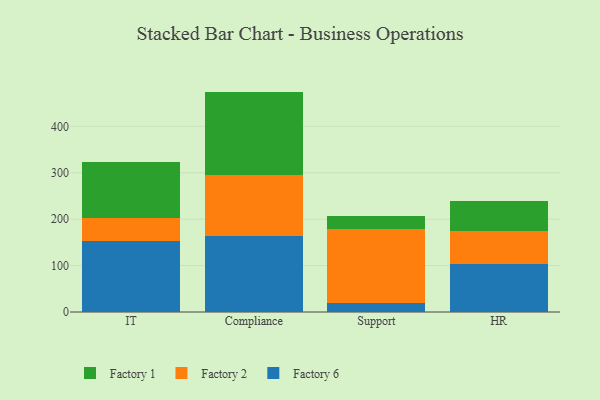
{"axis": {"x": "Department", "y": "Market Share (%)"}, "legend": ["Factory 1", "Factory 2", "Factory 6"], "data": [{"x": "IT", "y": 153.0, "type": "Factory 6"}, {"x": "IT", "y": 49.3, "type": "Factory 2"}, {"x": "IT", "y": 121.8, "type": "Factory 1"}, {"x": "Compliance", "y": 163.1, "type": "Factory 6"}, {"x": "Compliance", "y": 132.3, "type": "Factory 2"}, {"x": "Compliance", "y": 179.4, "type": "Factory 1"}, {"x": "Support", "y": 19.8, "type": "Factory 6"}, {"x": "Support", "y": 158.1, "type": "Factory 2"}, {"x": "Support", "y": 28.6, "type": "Factory 1"}, {"x": "HR", "y": 103.3, "type": "Factory 6"}, {"x": "HR", "y": 71.8, "type": "Factory 2"}, {"x": "HR", "y": 63.3, "type": "Factory 1"}]}